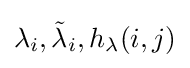
\lambda _{i},{\tilde {\lambda }}_{i},h_{\lambda }(i,j)